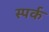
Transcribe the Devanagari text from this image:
स्पर्क